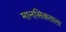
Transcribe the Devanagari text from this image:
मानसिकतला